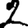
Digit: 2